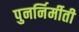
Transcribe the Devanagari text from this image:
पुनर्निर्मीती